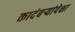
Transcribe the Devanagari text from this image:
कादंबर्‍यांपेक्षा